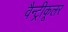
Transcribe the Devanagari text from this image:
वैन्ट्रीकूलर